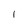
Character: l